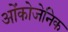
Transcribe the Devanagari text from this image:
ओंकोजेनिक